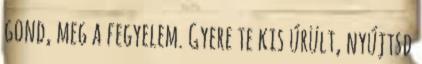
gond, meg a fegyelem. Gyere te kis úrült, nyújtsd